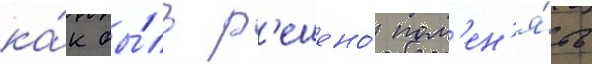
ка́к бы́ло р'ешено́ пом'ен'я́ть